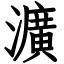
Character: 瀇